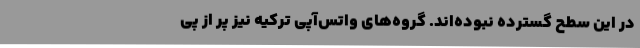
در این سطح گسترده نبوده‌اند. گروه‌های واتس‌آپی ترکیه نیز پر از پی